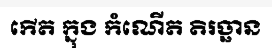
កើត ក្នុង កំណើត តិរច្ឆាន